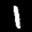
Label: 1